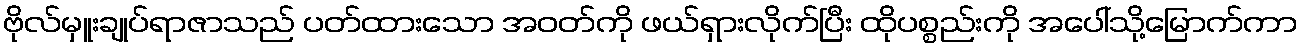
ဗိုလ်မှူးချုပ်ရာဇာသည် ပတ်ထားသော အဝတ်ကို ဖယ်ရှားလိုက်ပြီး ထိုပစ္စည်းကို အပေါ်သို့မြောက်ကာ